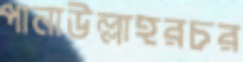
পানাউল্লাহরচর